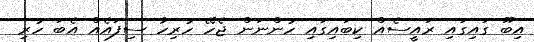
އިބޫ ގައިގައި ރައީސެއް ކިބައިގައި ހުންނަން ޖެހޭ ހުރިހާ ސިފައެއް އެބަ ހުރި